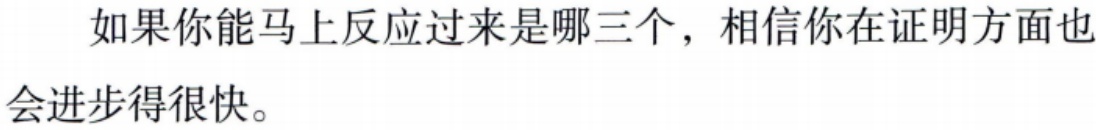
如果你能马上反应过来是哪三个，相信你在证明方面也会进步得很快。